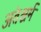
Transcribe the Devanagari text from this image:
अंतश्चर्म